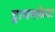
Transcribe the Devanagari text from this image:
ट्रायमफ़ेटा